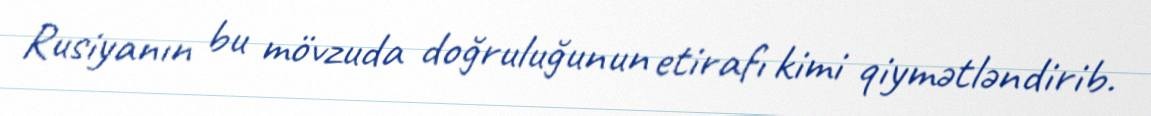
Rusiyanın bu mövzuda doğruluğunun etirafı kimi qiymətləndirib.